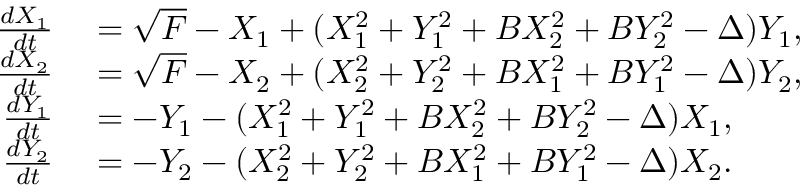
\begin{array} { r l } { \frac { d X _ { 1 } } { d t } } & { { } = \sqrt { F } - X _ { 1 } + ( X _ { 1 } ^ { 2 } + Y _ { 1 } ^ { 2 } + B X _ { 2 } ^ { 2 } + B Y _ { 2 } ^ { 2 } - \Delta ) Y _ { 1 } , } \\ { \frac { d X _ { 2 } } { d t } } & { { } = \sqrt { F } - X _ { 2 } + ( X _ { 2 } ^ { 2 } + Y _ { 2 } ^ { 2 } + B X _ { 1 } ^ { 2 } + B Y _ { 1 } ^ { 2 } - \Delta ) Y _ { 2 } , } \\ { \frac { d Y _ { 1 } } { d t } } & { { } = - Y _ { 1 } - ( X _ { 1 } ^ { 2 } + Y _ { 1 } ^ { 2 } + B X _ { 2 } ^ { 2 } + B Y _ { 2 } ^ { 2 } - \Delta ) X _ { 1 } , } \\ { \frac { d Y _ { 2 } } { d t } } & { { } = - Y _ { 2 } - ( X _ { 2 } ^ { 2 } + Y _ { 2 } ^ { 2 } + B X _ { 1 } ^ { 2 } + B Y _ { 1 } ^ { 2 } - \Delta ) X _ { 2 } . } \end{array}